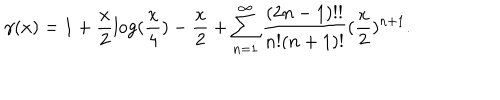
\gamma ( x ) = 1 + \frac { x } { 2 } \log ( \frac { x } { 4 } ) - \frac { x } { 2 } + \sum _ { n = 1 } ^ { \infty } \frac { ( 2 n - 1 ) ! ! } { n ! ( n + 1 ) ! } ( \frac { x } { 2 } ) ^ { n + 1 } .